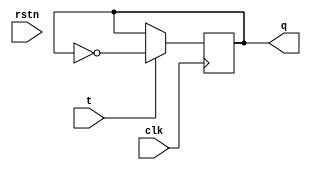
`timescale 1ns / 1ps
//////////////////////////////////////////////////////////////////////////////////
// Company: 
// Engineer: 
// 
// Design Name: 
// Module Name: t_ff
// Project Name: 
// Target Devices: 
// Tool Versions: 
// Description: 
// 
// Dependencies: 
// 
// Revision:
// Revision 0.01 - File Created
// Additional Comments:
// 
//////////////////////////////////////////////////////////////////////////////////


module t_ff(input clk,input rstn,input t,output reg q);  
//  always @ (negedge clk) begin  
//    if(!rstn)  
//      q<=0;  
//    else  
//        if(t)  
//            q<=~q;  
//        else  
//            q<=q;  
//  end  
//endmodule  
always @ (negedge clk) begin  
    if(!rstn)  
      q<= #5 0;  
    else 
    #5 ; 
        if(t)  
            q<=~q;  
        else  
            q<=q;  
  end  
endmodule